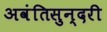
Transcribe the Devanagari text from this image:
अवंतिसुन्दरी